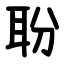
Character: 聁